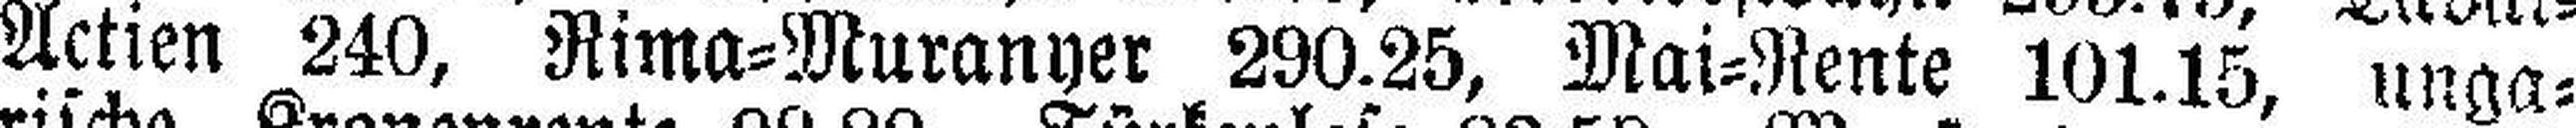
Actien 240, Rima=Muranyer 290.25, Mai=Rente 101.15, unga¬